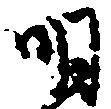
明